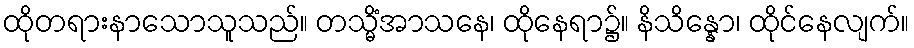
ထိုတရားနာသောသူသည်။ တသ္မိံအာသနေ၊ ထိုနေရာ၌။ နိသိန္နော၊ ထိုင်နေလျက်။